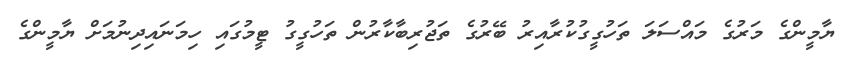
ޔާމީންގެ މަރުގެ މައްސަލަ ތަހުގީގުކުރާއިރު ބޭރުގެ ތަޖުރިބާކާރުން ތަހުގީގު ޓީމުގައި ހިމަނައިދިނުމަށް ޔާމީންގެ